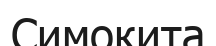
Симокита